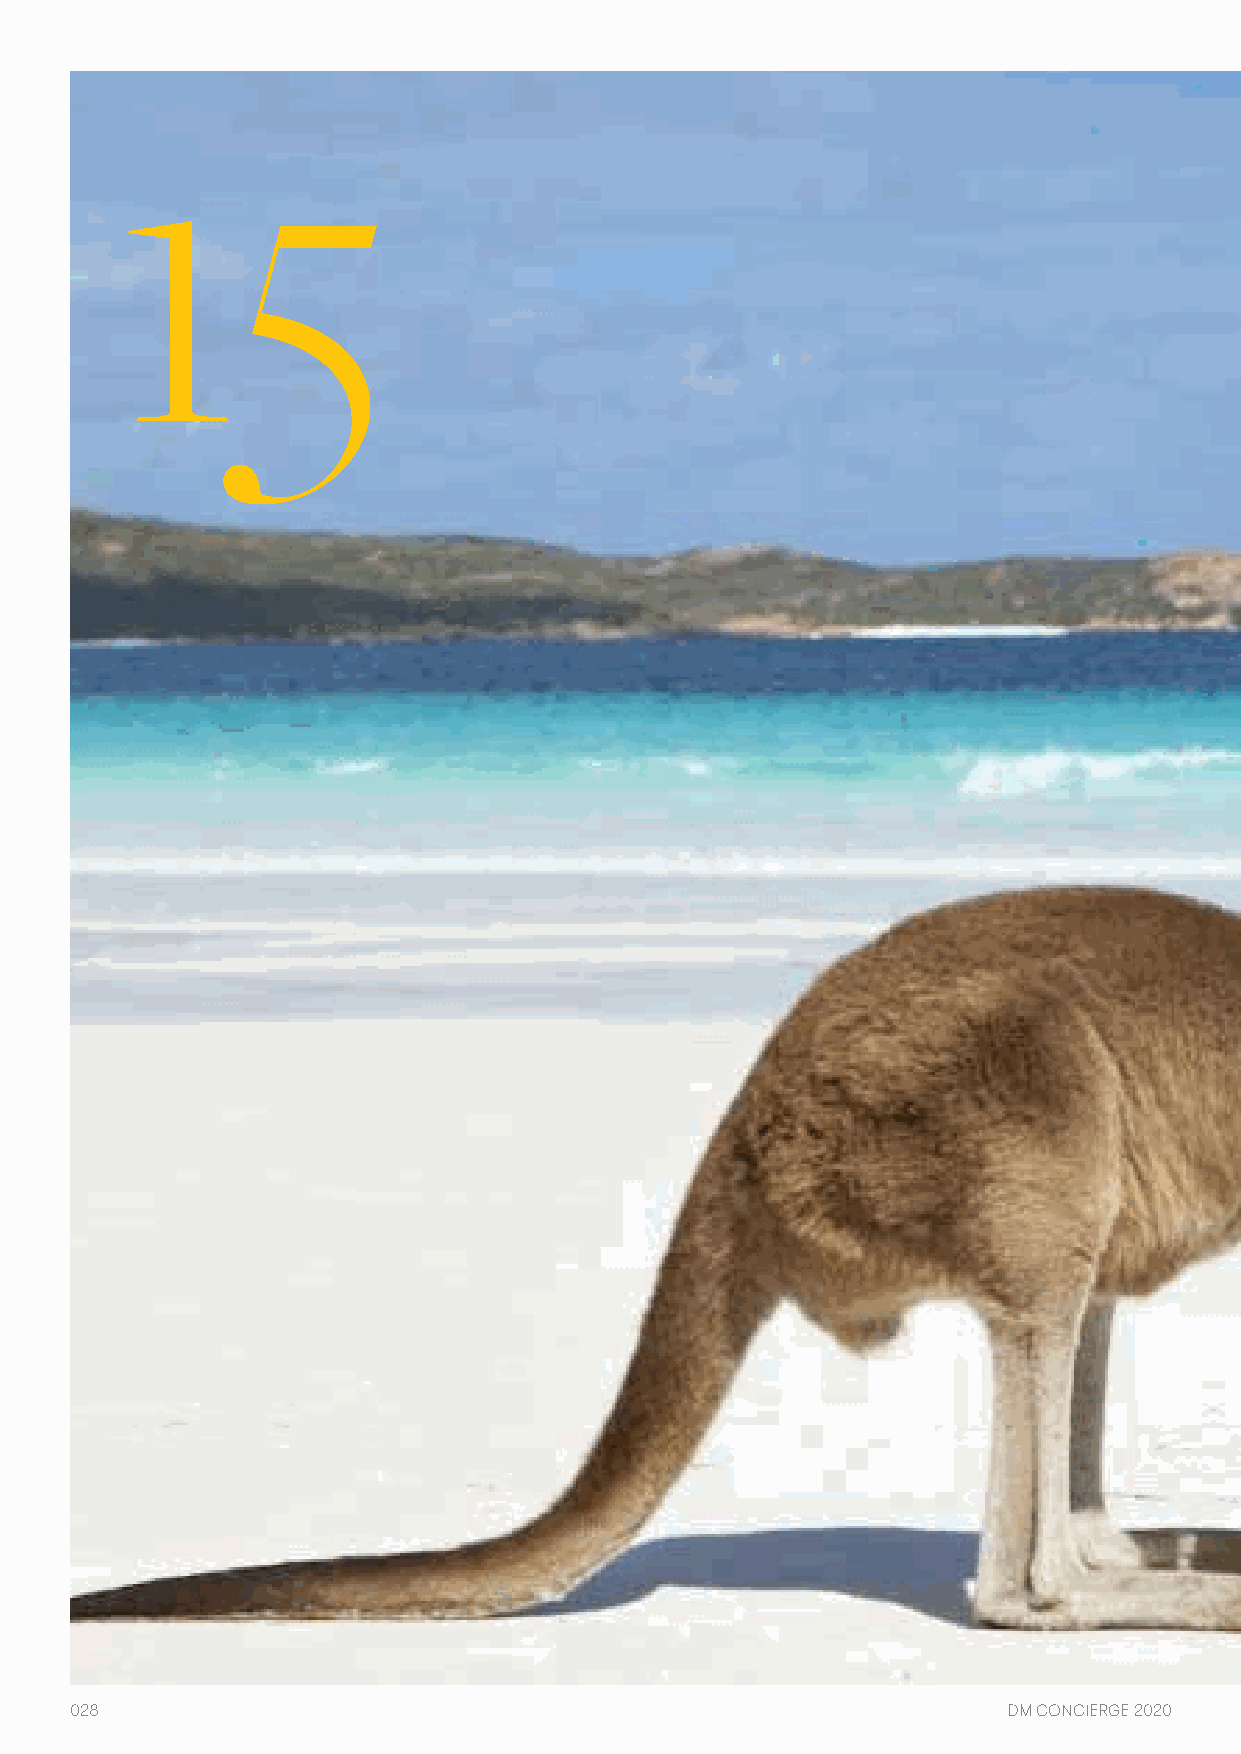
15
 028                                                           DM CONCIERGE 2020